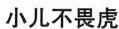
小儿不畏虎